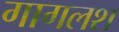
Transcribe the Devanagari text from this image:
गागलश